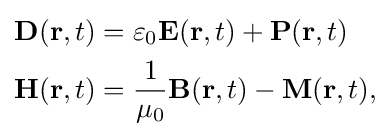
{\begin{aligned}\mathbf {D} (\mathbf {r} ,t)&=\varepsilon _{0}\mathbf {E} (\mathbf {r} ,t)+\mathbf {P} (\mathbf {r} ,t)\\\mathbf {H} (\mathbf {r} ,t)&={\frac {1}{\mu _{0}}}\mathbf {B} (\mathbf {r} ,t)-\mathbf {M} (\mathbf {r} ,t),\end{aligned}}